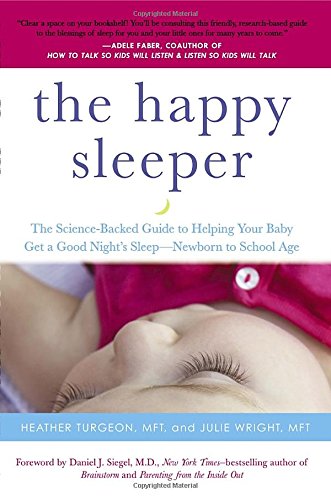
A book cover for The Happy Sleeper: The Science-Backed Guide to Helping Your Baby Get a Good Night's Sleep-Newborn t o School Age; Heather Turgeon MFT; Parenting & Relationships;